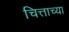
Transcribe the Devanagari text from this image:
चित्ताच्या